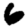
Digit: 6